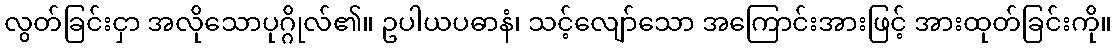
လွတ်ခြင်းငှာ အလိုသောပုဂ္ဂိုလ်၏။ ဥပါယပဓာနံ၊ သင့်လျော်သော အကြောင်းအားဖြင့် အားထုတ်ခြင်းကို။